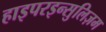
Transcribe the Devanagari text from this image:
हाइपरइन्सुलिज़म